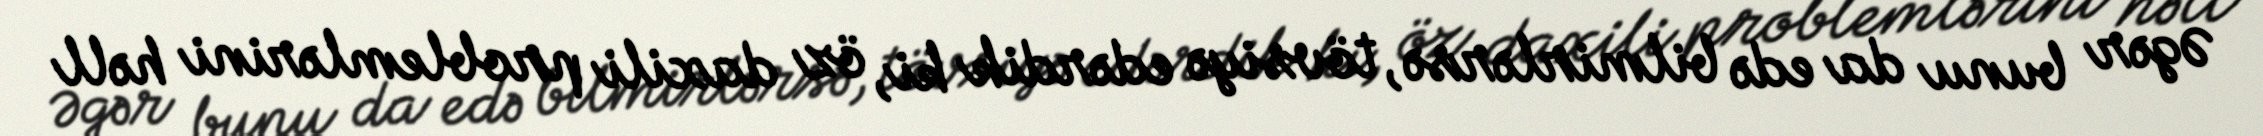
Əgər bunu da edə bilmirlərsə, tövsiyə edərdik ki, öz daxili problemlərini həll